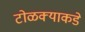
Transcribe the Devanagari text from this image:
टोळक्याकडे